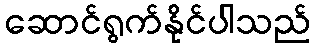
ဆောင်ရွက်နိုင်ပါသည်